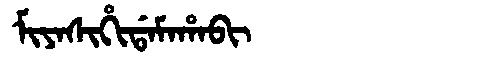
Manchu: ᠮᡳᠶᠠᠰᡳᡥᡳᡩᠠᠮᠠᡥᠠᠪᡳ
Romanization: MIYASIHIDAMAHABI